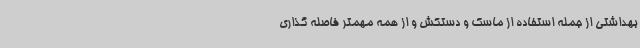
بهداشتی از جمله استفاده از ماسک و دستکش و از همه مهمتر فاصله گذاری